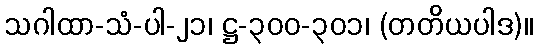
သဂါထာ-သံ-ပါ-၂၁၊ ဋ္ဌ-၃၀၀-၃၀၁၊ (တတိယပါဒ)။